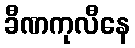
ခီဏကုလီနေ